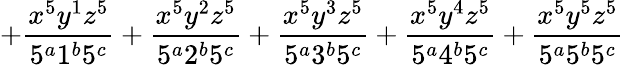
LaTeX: +\frac{x^{5}y^{1}z^{5}}{5^{a}1^{b}5^{c}}+\frac{x^{5}y^{2}z^{5}}{5^{a}2^{b}5^{c}}+\frac{x^{5}y^{3}z^{5}}{5^{a}3^{b}5^{c}}+\frac{x^{5}y^{4}z^{5}}{5^{a}4^{b}5^{c}}+\frac{x^{5}y^{5}z^{5}}{5^{a}5^{b}5^{c}}